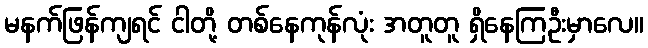
မနက်ဖြန်ကျရင် ငါတို့ တစ်နေကုန်လုံး အတူတူ ရှိနေကြဦးမှာလေ။